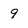
Character: 9